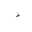
Letter: _hamza